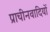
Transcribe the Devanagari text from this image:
प्राचीनवादियों